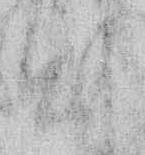
出